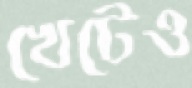
খেটেও